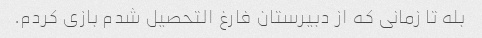
بله تا زمانی که از دبیرستان فارغ التحصیل شدم بازی کردم.